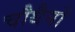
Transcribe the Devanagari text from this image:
चौथैयों